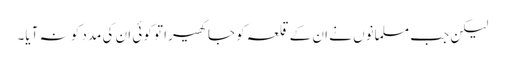
لیکن جب مسلمانوں نے ان کے قلعہ کو جا گھیرا تو کوئی ان کی مدد کو نہ آیا۔